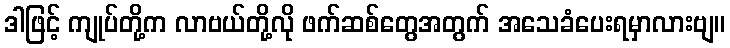
ဒါဖြင့် ကျုပ်တို့က လာဗယ်တို့လို ဖက်ဆစ်တွေအတွက် အသေခံပေးရမှာလားဗျ။